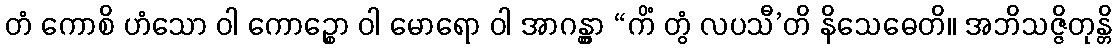
တံ ကောစိ ဟံသော ဝါ ကောဉ္စော ဝါ မောရော ဝါ အာဂန္တွာ “ကိံ တွံ လပသီ’တိ နိသေဓေတိ။ အဘိသဇ္ဇိတုန္တိ